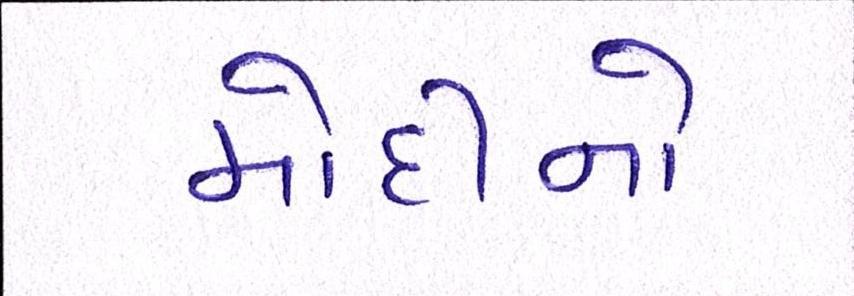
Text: મોદીનો